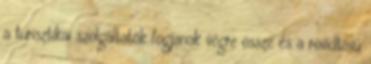
a turisztikai szolgáltatók fogjanak végre össze és a rövidtávú